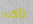
تأكدنا